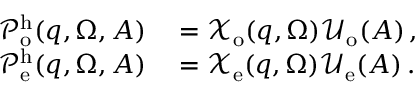
\begin{array} { r l } { \mathcal { P } _ { \mathrm { o } } ^ { \mathrm { h } } ( \boldsymbol { q } , \Omega , A ) } & { { } = \mathcal { X } _ { \mathrm { o } } ( \boldsymbol { q } , \Omega ) \mathcal { U } _ { \mathrm { o } } ( A ) \, , } \\ { \mathcal { P } _ { \mathrm { e } } ^ { \mathrm { h } } ( \boldsymbol { q } , \Omega , A ) } & { { } = \mathcal { X } _ { \mathrm { e } } ( \boldsymbol { q } , \Omega ) \mathcal { U } _ { \mathrm { e } } ( A ) \, . } \end{array}